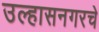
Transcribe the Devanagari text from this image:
उल्हासनगरचे